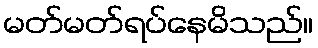
မတ်မတ်ရပ်နေမိသည်။